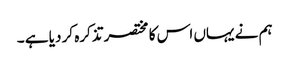
ہم نے یہاں اس کا مختصر تذکرہ کر دیا ہے ۔